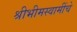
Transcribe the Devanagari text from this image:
श्रीभीमस्वामींचे